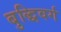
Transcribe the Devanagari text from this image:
बुद्धिवर्ग